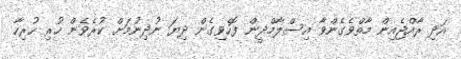
އަދި ރާއްޖެއިން މާތްވެގެންވާ އިސްލާމްދީން ފޮހެވިގެން ދިޔަ ނުދިނުމަށް ކުރެވެން ހުރި ހުރިހާ